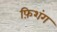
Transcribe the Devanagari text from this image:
फ़िशंग